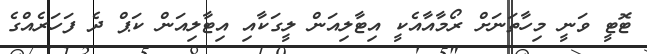
ޓޮޓީ ވަނީ މިހާތަނަށް ރޯމާއާއެކީ އިޓާލިއަން ލީގަކާއި އިޓާލިއަން ކަޕް ދެ ފަހަރެއްގެ